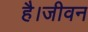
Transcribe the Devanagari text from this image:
है।जीवन